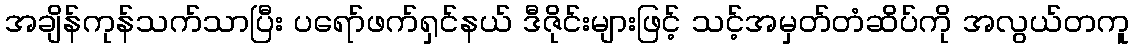
အချိန်ကုန်သက်သာပြီး ပရော်ဖက်ရှင်နယ် ဒီဇိုင်းများဖြင့် သင့်အမှတ်တံဆိပ်ကို အလွယ်တကူ